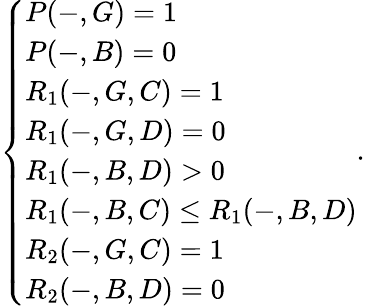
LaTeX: \left\{ \begin{array}{ll}{P(-,G)=1}\\ {P(-,B)=0}\\ {R_{1}(-,G,C)=1}\\ {R_{1}(-,G,D)=0}\\ {R_{1}(-,B,D)>0}\\ {R_{1}(-,B,C)\leq R_{1}(-,B,D)}\\ {R_{2}(-,G,C)=1}\\ {R_{2}(-,B,D)=0}\end{array}\right..